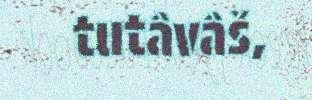
tutâvâš,